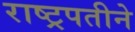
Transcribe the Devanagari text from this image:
राष्ट्रपतीने